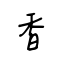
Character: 香